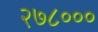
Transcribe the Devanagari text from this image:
२७८०००